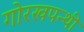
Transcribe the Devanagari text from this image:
गोरखपन्थी